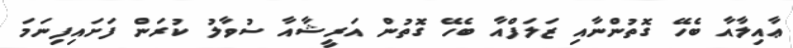
ޢާއިލާއާ ބެހޭ ގޮތުންނާއި ޒަލަފްއާ ބެހޭ ގޮތުން އަރީޝާއާ ސުވާލު ކުރަން ފަށައިފިނަމަ